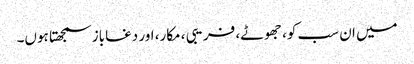
میں ان سب کو، جھوٹے، فریبی ، مکار، اور دغاباز سمجھتا ہوں۔